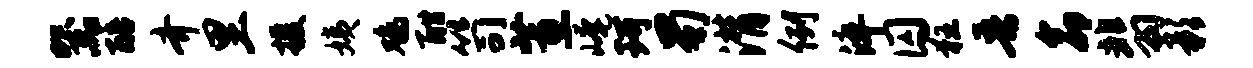
器醅齐里援姨鸡酣笥蕙崦珂蜀潸例淬囚狂吾命翡影